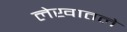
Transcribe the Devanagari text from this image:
लेखातले